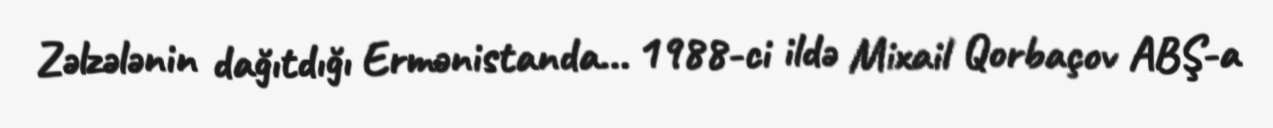
Zəlzələnin dağıtdığı Ermənistanda... 1988-ci ildə Mixail Qorbaçov ABŞ-a